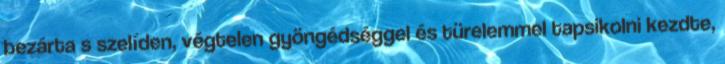
bezárta s szelíden, végtelen gyöngédséggel és türelemmel tapsikolni kezdte,